Lunatic asylums Madras 1877-1891 - 1877-1891
Year: 1877
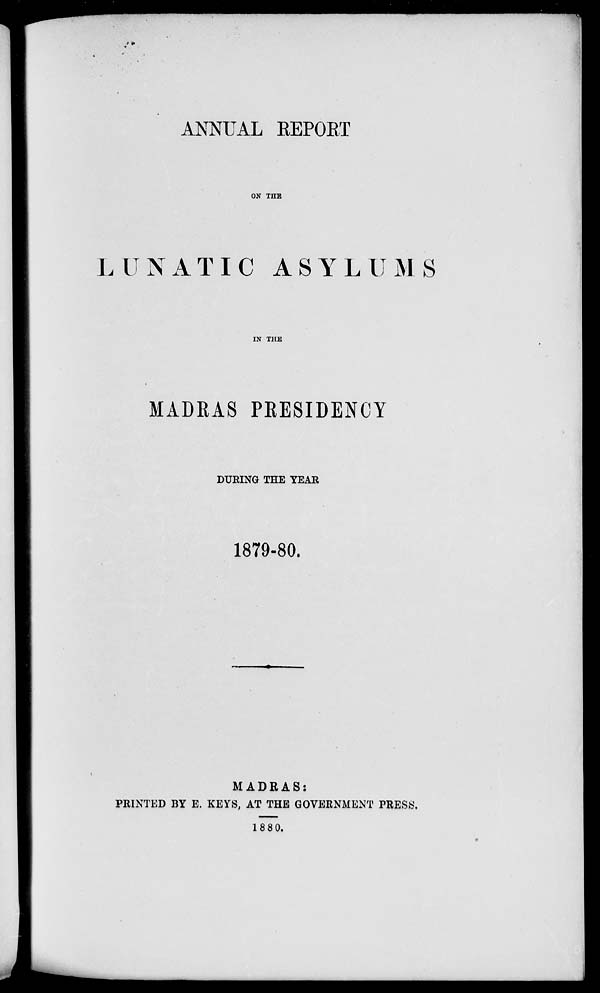
ANNUAL REPORT
ON THE
LUNATIC ASYLUMS
IN THE
MADRAS PRESIDENCY
DURING THE YEAR
1879-80.
MADRAS:
PRINTED BY E. KEYS, AT THE GOVERNMENT PRESS.
1880.